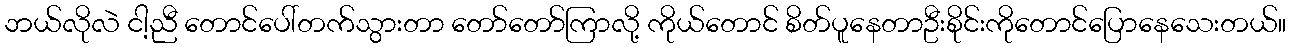
ဘယ်လိုလဲ ငါ့ညီ တောင်ပေါ်တက်သွားတာ တော်တော်ကြာလို့ ကိုယ်တောင် စိတ်ပူနေတာဦးစိုင်းကိုတောင်ပြောနေသေးတယ်။